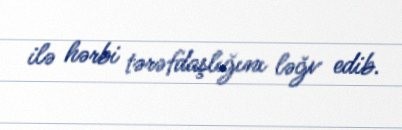
ilə hərbi tərəfdaşlığını ləğv edib.